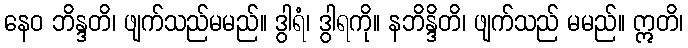
နေဝ ဘိန္ဒတိ၊ ဖျက်သည်မမည်။ ဒွါရံ၊ ဒွါရကို။ နဘိန္ဒိတိ၊ ဖျက်သည် မမည်။ ဣတိ၊